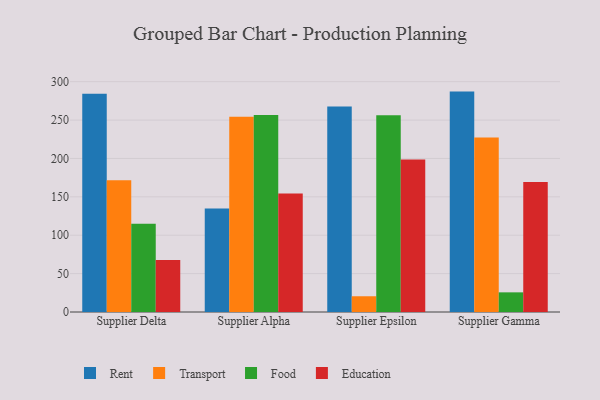
{"axis": {"x": "Supplier", "y": "Revenue (USD Million)"}, "legend": ["Education", "Food", "Rent", "Transport"], "data": [{"x": "Supplier Delta", "y": 284.4, "type": "Rent"}, {"x": "Supplier Delta", "y": 171.7, "type": "Transport"}, {"x": "Supplier Delta", "y": 114.8, "type": "Food"}, {"x": "Supplier Delta", "y": 67.8, "type": "Education"}, {"x": "Supplier Alpha", "y": 134.7, "type": "Rent"}, {"x": "Supplier Alpha", "y": 254.4, "type": "Transport"}, {"x": "Supplier Alpha", "y": 256.5, "type": "Food"}, {"x": "Supplier Alpha", "y": 154.2, "type": "Education"}, {"x": "Supplier Epsilon", "y": 267.7, "type": "Rent"}, {"x": "Supplier Epsilon", "y": 20.5, "type": "Transport"}, {"x": "Supplier Epsilon", "y": 256.2, "type": "Food"}, {"x": "Supplier Epsilon", "y": 198.5, "type": "Education"}, {"x": "Supplier Gamma", "y": 287.1, "type": "Rent"}, {"x": "Supplier Gamma", "y": 227.2, "type": "Transport"}, {"x": "Supplier Gamma", "y": 25.6, "type": "Food"}, {"x": "Supplier Gamma", "y": 169.4, "type": "Education"}]}